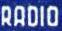
RADIO